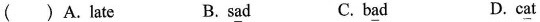
( )A.l\underline{a}te B.s\underline{a}d